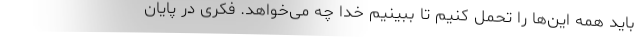
باید همه این‌ها را تحمل کنیم تا ببینیم خدا چه می‌خواهد. فکری در پایان